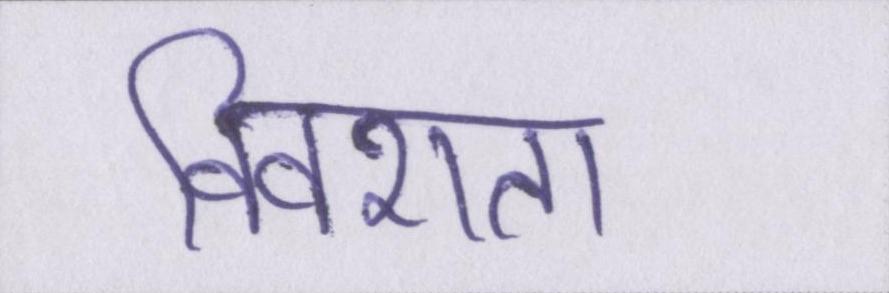
विवशता